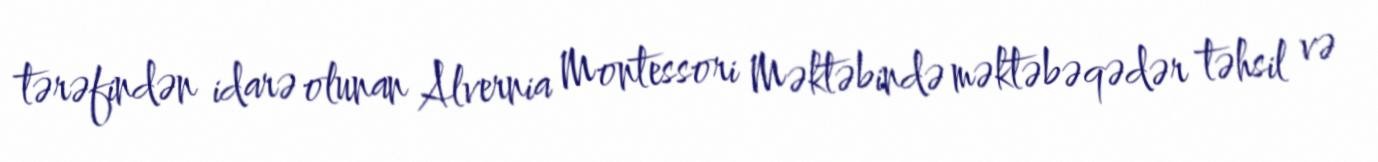
tərəfindən idarə olunan Alvernia Montessori Məktəbində məktəbəqədər təhsil və